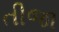
તીજા